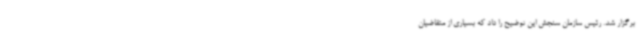
برگزار شد. رئیس سازمان سنجش این توضیح را داد که بسیاری از متقاضیان